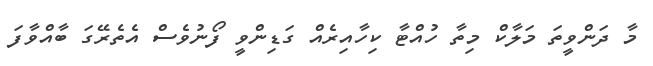
މާ ދަންވީތަ މަލާކް މިތާ ހުއްޓާ ކިހާއިރެއް ގަޑިންވީ ފޯނުވެސް އެތެރޭގަ ބާއްވާފަ